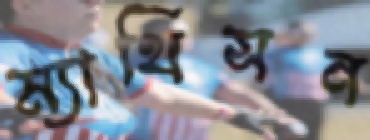
ম্যাথিসন